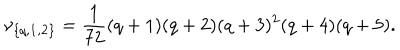
LaTeX: \nu _ { \{ q , { \bf 1 } , { \bf 2 } \} } = { \frac { 1 } { 7 2 } } ( q + 1 ) ( q + 2 ) ( q + 3 ) ^ { 2 } ( q + 4 ) ( q + 5 ) .